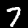
Digit: 7